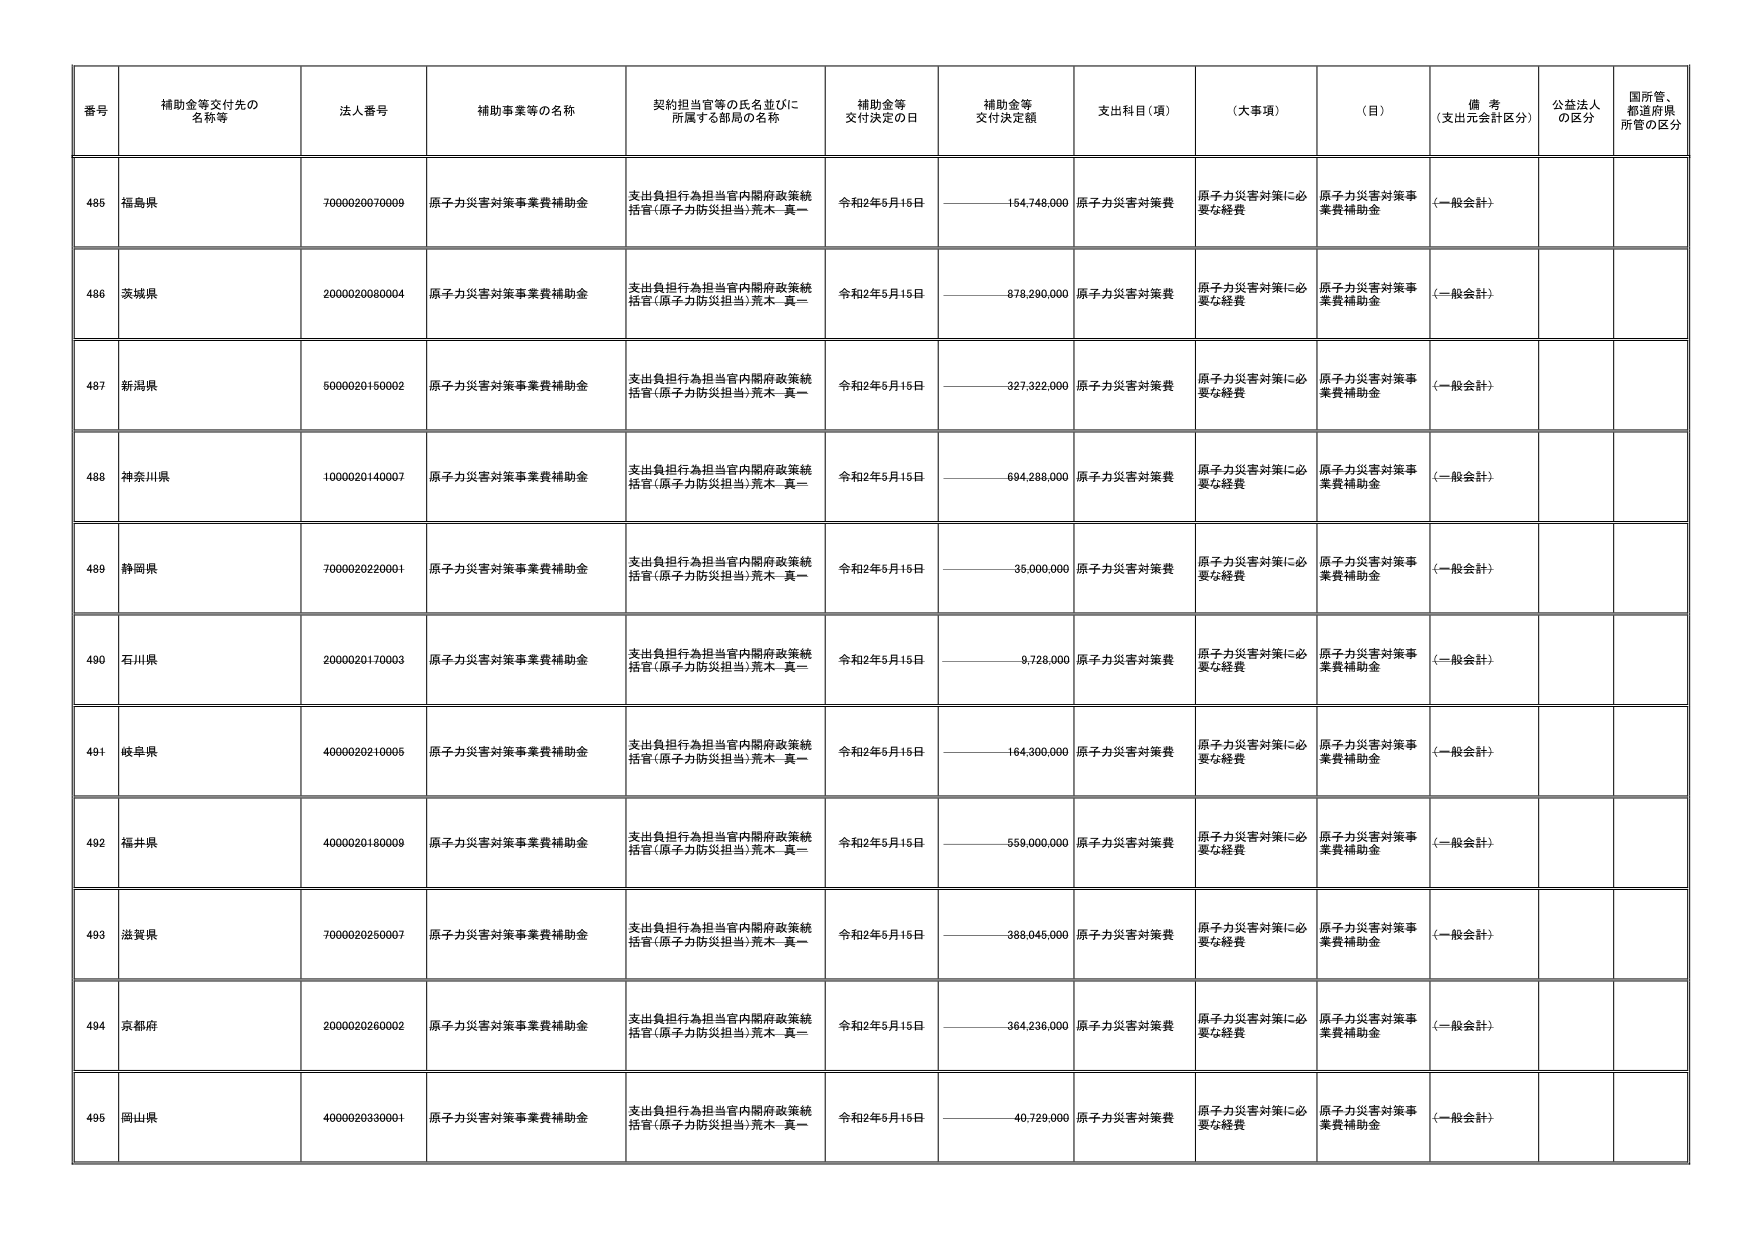
番号 補助金等交付先の名称等 法人番号 補助事業等の名称 契約担当官等の氏名並びに所属する部局の名称 補助金等交付決定の日 補助金等交付決定額 支出科目（項） （大事項） （目） 備考（支出元会計区分） 公益法人の区分 国所管、都道府県所管の区分
485 福島県 7000020070009 原子力災害対策事業費補助金 支出負担行為担当官内閣府政策統括官（原子力防災担当）荒木 真一 令和2年6月16日 154,748,000 原子力災害対策費 原子力災害対策に必要な経費 原子力災害対策事業費補助金 （一般会計）
486 茨城県 2000020080004 原子力災害対策事業費補助金 支出負担行為担当官内閣府政策統括官（原子力防災担当）荒木 真一 令和2年5月15日 878,290,000 原子力災害対策費 原子力災害対策に必要な経費 原子力災害対策事業費補助金 （一般会計）
487 新潟県 5000020150002 原子力災害対策事業費補助金 支出負担行為担当官内閣府政策統括官（原子力防災担当）荒木 真一 令和2年5月16日 327,322,000 原子力災害対策費 原子力災害対策に必要な経費 原子力災害対策事業費補助金 （一般会計）
488 神奈川県 1000020140007 原子力災害対策事業費補助金 支出負担行為担当官内閣府政策統括官（原子力防災担当）荒木 真一 令和2年5月15日 694,288,000 原子力災害対策費 原子力災害対策に必要な経費 原子力災害対策事業費補助金 （一般会計）
489 静岡県 7000020220001 原子力災害対策事業費補助金 支出負担行為担当官内閣府政策統括官（原子力防災担当）荒木 真一 令和2年6月16日 35,000,000 原子力災害対策費 原子力災害対策に必要な経費 原子力災害対策事業費補助金 （一般会計）
490 石川県 2000020170003 原子力災害対策事業費補助金 支出負担行為担当官内閣府政策統括官（原子力防災担当）荒木 真一 令和2年5月15日 9,728,000 原子力災害対策費 原子力災害対策に必要な経費 原子力災害対策事業費補助金 （一般会計）
491 岐阜県 4000020210005 原子力災害対策事業費補助金 支出負担行為担当官内閣府政策統括官（原子力防災担当）荒木 真一 令和2年6月16日 164,300,000 原子力災害対策費 原子力災害対策に必要な経費 原子力災害対策事業費補助金 （一般会計）
492 福井県 4000020180009 原子力災害対策事業費補助金 支出負担行為担当官内閣府政策統括官（原子力防災担当）荒木 真一 令和2年5月15日 559,000,000 原子力災害対策費 原子力災害対策に必要な経費 原子力災害対策事業費補助金 （一般会計）
493 滋賀県 7000020250007 原子力災害対策事業費補助金 支出負担行為担当官内閣府政策統括官（原子力防災担当）荒木 真一 令和2年6月16日 388,046,000 原子力災害対策費 原子力災害対策に必要な経費 原子力災害対策事業費補助金 （一般会計）
494 京都府 2000020260002 原子力災害対策事業費補助金 支出負担行為担当官内閣府政策統括官（原子力防災担当）荒木 真一 令和2年5月15日 364,236,000 原子力災害対策費 原子力災害対策に必要な経費 原子力災害対策事業費補助金 （一般会計）
495 岡山県 4000020330001 原子力災害対策事業費補助金 支出負担行為担当官内閣府政策統括官（原子力防災担当）荒木 真一 令和2年6月16日 40,729,000 原子力災害対策費 原子力災害対策に必要な経費 原子力災害対策事業費補助金 （一般会計）